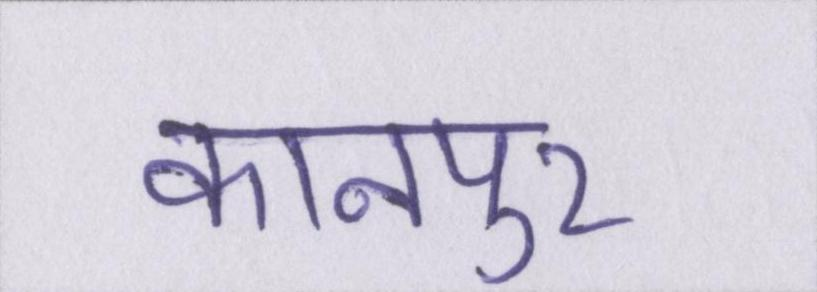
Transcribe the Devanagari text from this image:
कानपुर